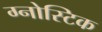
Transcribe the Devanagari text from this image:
ग्नोस्टिक